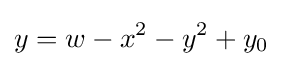
y=w-x^{2}-y^{2}+y_{0}